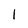
Character: I